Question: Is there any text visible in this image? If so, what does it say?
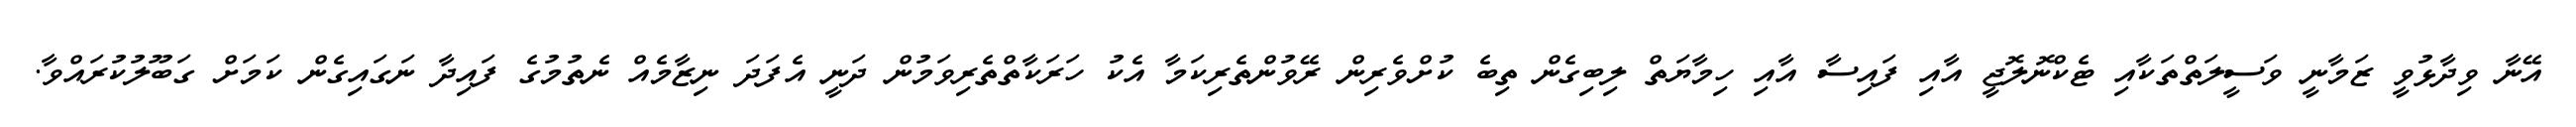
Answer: އޭނާ ވިދާޅުވީ ޒަމާނީ ވަސީލަތްތަކާއި ޓެކްނޮލޮޖީ އާއި ފައިސާ އާއި ހިމާޔަތް ލިބިގެން ތިބެ ކުށްވެރިން ރޭވުންތެރިކަމާ އެކު ހަރަކާތްތެރިވަމުން ދަނީ އެފަދަ ނިޒާމެއް ނެތުމުގެ ފައިދާ ނަގައިގެން ކަމަށް ގަބޫލުކުރައްވާ.